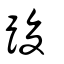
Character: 踆